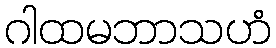
ဂါထမဘာသဟံ